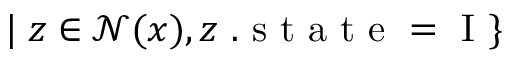
| \; z \in \mathcal { N } ( x ) , z \mathrm { ~ . ~ s ~ t ~ a ~ t ~ e ~ = ~ I ~ } \}